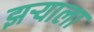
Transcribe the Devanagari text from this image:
झऱ्याला